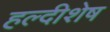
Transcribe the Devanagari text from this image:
हल्दीशेष